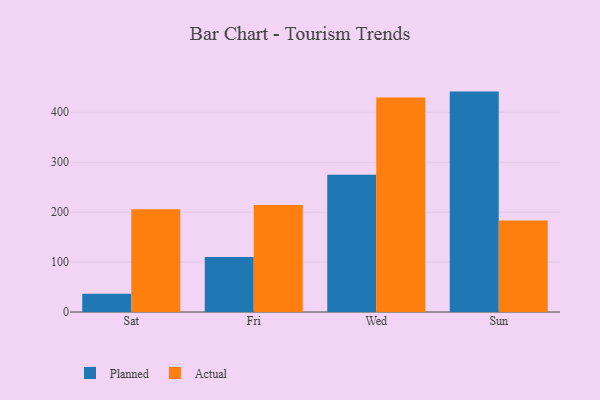
{"axis": {"x": "Day", "y": "Market Share (%)"}, "legend": ["Actual", "Planned"], "data": [{"x": "Sat", "y": 36.7, "type": "Planned"}, {"x": "Sat", "y": 205.6, "type": "Actual"}, {"x": "Fri", "y": 109.9, "type": "Planned"}, {"x": "Fri", "y": 214.3, "type": "Actual"}, {"x": "Wed", "y": 274.8, "type": "Planned"}, {"x": "Wed", "y": 429.6, "type": "Actual"}, {"x": "Sun", "y": 441.4, "type": "Planned"}, {"x": "Sun", "y": 183.3, "type": "Actual"}]}